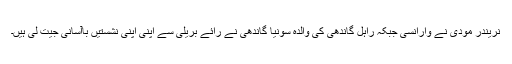
نریندر مودی نے وارانسی جبکہ راہل گاندھی کی والدہ سونیا گاندھی نے رائے بریلی سے اپنی اپنی نشستیں باآسانی جیت لی ہیں۔